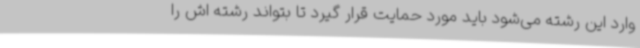
وارد این رشته می‌شود باید مورد حمایت قرار گیرد تا بتواند رشته اش را